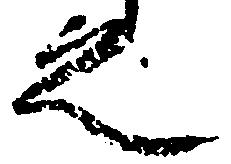
之